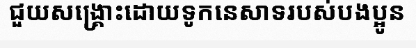
ជួយសង្គ្រោះដោយទូកនេសាទរបស់បងប្អូន